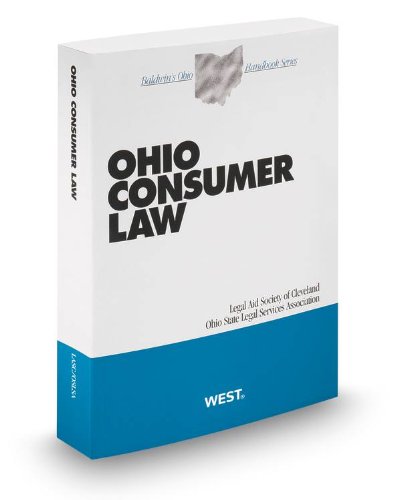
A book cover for Ohio Consumer Law, 2013-2014 ed. (Baldwin's Ohio Handbook Series); Andrea Price; Law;